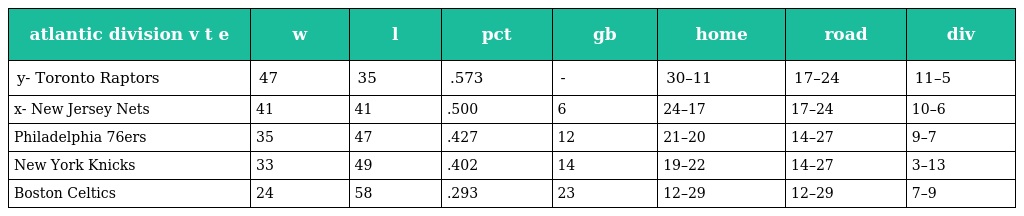
| atlantic division v t e | w | l | pct | gb | home | road | div |
 | --- | --- | --- | --- | --- | --- | --- | --- |
 | y- Toronto Raptors | 47 | 35 | .573 | - | 30–11 | 17–24 | 11–5 |
 | x- New Jersey Nets | 41 | 41 | .500 | 6 | 24–17 | 17–24 | 10–6 |
 | Philadelphia 76ers | 35 | 47 | .427 | 12 | 21–20 | 14–27 | 9–7 |
 | New York Knicks | 33 | 49 | .402 | 14 | 19–22 | 14–27 | 3–13 |
 | Boston Celtics | 24 | 58 | .293 | 23 | 12–29 | 12–29 | 7–9 |